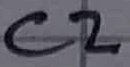
Text: C2